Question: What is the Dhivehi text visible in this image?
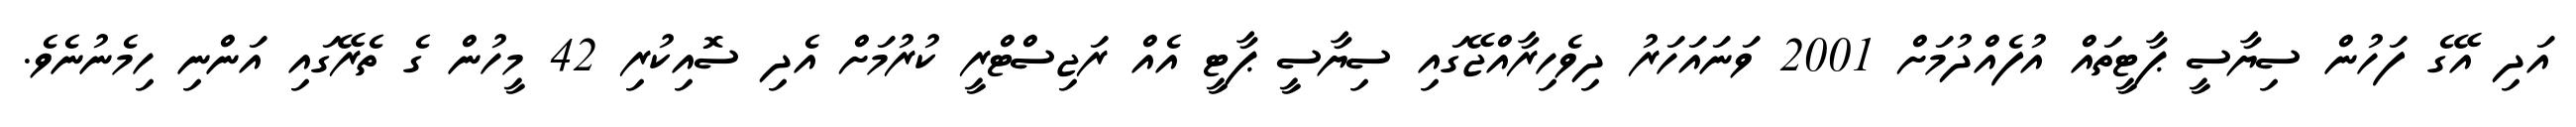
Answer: އަދި އޭގެ ފަހުން ސިޔާސީ ޕާޓީތައް އުފެއްދުމަށް 2001 ވަނައަހަރު ދިވެހިރާއްޖޭގައި ސިޔާސީ ޕާޓީ އެއް ރަޖިސްޓްރީ ކުރުމަށް އެދި ސޮއިކުރި 42 މީހުން ގެ ތެރޭގައި އަންނި ހިމެނުނެވެ.